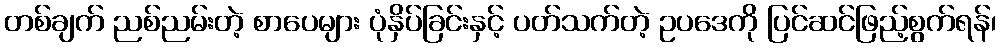
တစ်ချက် ညစ်ညမ်းတဲ့ စာပေများ ပုံနှိပ်ခြင်းနှင့် ပတ်သက်တဲ့ ဥပဒေကို ပြင်ဆင်ဖြည့်စွက်ရန်၊